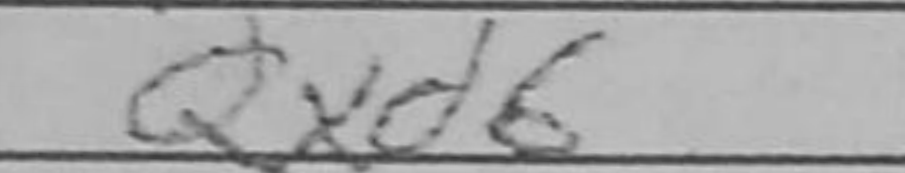
Transcription: Qxd6